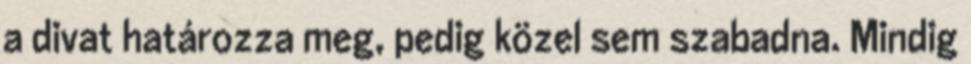
a divat határozza meg, pedig közel sem szabadna. Mindig